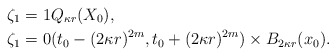
\begin{align*}\zeta_1&=1 Q_{\kappa r}(X_0), \\\zeta_1&=0 (t_0-(2\kappa r)^{2m},t_0+(2\kappa r)^{2m})\times B_{2\kappa r}(x_0).\end{align*}